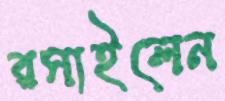
রসাইলেন